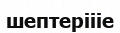
шептеріііе